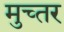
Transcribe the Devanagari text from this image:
मुच्तर